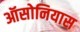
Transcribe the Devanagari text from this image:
ऑसोनियास